Investigations into the jail dietaries of the United Provinces with some observations on the influence of dietary on the physical development and well-being of the people of the United Provinces - Number 48
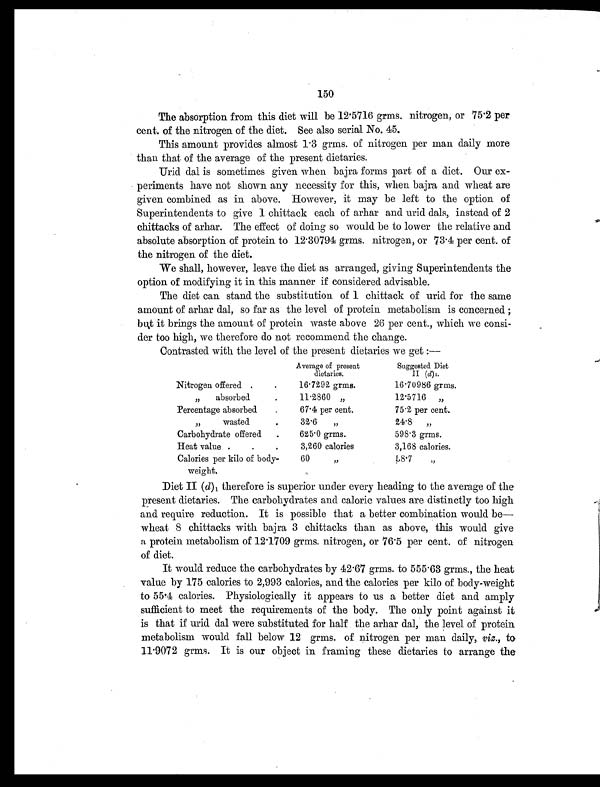
150
The absorption from this diet will be 12.5716 grms. nitrogen, or 75.2 per
cent. of the nitrogen of the diet. See also serial No. 45.
This amount provides almost 1.3 grms. of nitrogen per man daily more
than that of the average of the present dietaries.
Urid dal is sometimes given when bajra forms part of a diet. Our ex-
periments have not shown any necessity for this, when bajra and wheat are
given combined as in above. However, it may be left to the option of
Superintendents to give 1 chittack each of arhar and urid dals, instead of 2
chittacks of arhar. The effect of doing so would be to lower the relative and
absolute absorption of protein to 12.30794 grms. nitrogen, or 73.4 per cent. of
the nitrogen of the diet.
We shall, however, leave the diet as arranged, giving Superintendents the
option of modifying it in this manner if considered advisable.
The diet can stand the substitution of 1 chittack of urid for the same
amount of arhar dal, so far as the level of protein metabolism is concerned ;
but it brings the amount of protein waste above 26 per cent., which we consi-
der too high, we therefore do not recommend the change.
Contrasted with the level of the present dietaries we get :—
Average of present
dietaries.
Suggested Diet
II (d)1.
Nitrogen offered . .
16.7292 grms.
16.70986 grms.
, , a b s o r b e d
.
11.2860 „
12.5716 „
Percentage absorbed
.
67.4 per cent.
75.2 per cent.
, , w a s t e d
.
32.6 „
24.8 „
Carbohydrate offered
.
625.0 grms.
598.3 grms.
Heat value.
. .
3,260 calories
3,168 calories.
Calories per kilo of body-
weight.
60 ,,
58.7 „
Diet II ( d) 1 therefore is superior under every heading to the average of the
present dietaries. The carbohydrates and caloric values are distinctly too high
and require reduction. It is possible that a better combination would be—
wheat 8 chittacks with bajra 3 chittacks than as above, this would give
a protein metabolism of 12.1709 grms. nitrogen, or 76.5 per cent. of nitrogen
of diet.
It would reduce the carbohydrates by 42.67 grms. to 555.63 grms., the heat
value by 175 calories to 2,993 calories, and the calories per kilo of body-weight
to 55.4 calories. Physiologically it appears to us a better diet and amply
sufficient to meet the requirements of the body. The only point against it
is that if urid dal were substituted for half the arhar dal, the level of protein
metabolism would fall below 12 grms. of nitrogen per man daily, viz., to
11.9072 grms. It is our objec t in framing these dietaries to arrange the